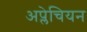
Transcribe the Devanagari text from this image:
अप्लेचियन